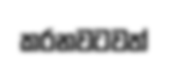
කරනවටවත්